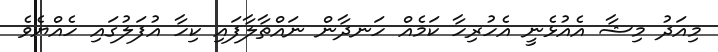
މިއަދު މިޝާ އެއުޅެނީ އެހުރިހާ ކަމެއް ހަނދާން ނައްތާލާފައި ކިހާ އުފަލުގައި ހެއްޔެވެ